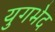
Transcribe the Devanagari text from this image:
युगभेद